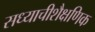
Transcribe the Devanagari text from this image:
सध्याचीशैक्षणिक